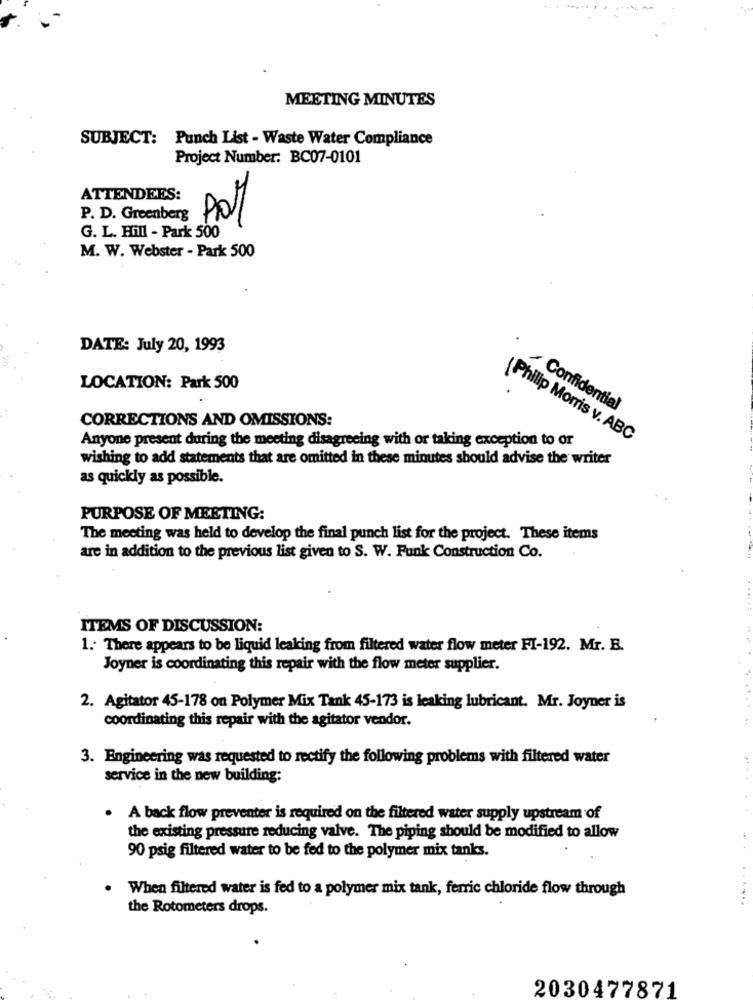
MEETING MINUTES
SUBJECT: Punch List - Waste Water Compliance
Project Number: BC07-0101
ATTENDEES:
P. D. Greenberg
G. L. Hill - Park 500
M. W. Webster - Park 500
DATE: July 20, 1993
LOCATION: Park 500
, Confidential
CORRECTIONS AND OMISSIONS:
Anyone present during the meeting disagreeing with or taking exception to or
Philip Morris v. ABC
wishing to add statements that are omitted in these minutes should advise the writer
as quickly as possible.
PURPOSE OF MEETING:
The meeting was held to develop the final punch list for the project. These items
are in addition to the previous list given to S. W. Funk Construction Co.
ITEMS OF DISCUSSION:
1. There appears to be liquid leaking from filtered water flow meter FI-192. Mr. B.
Joyner is coordinating this repair with the flow meter supplier.
2. Agitator 45-178 on Polymer Mix Tank 45-173 is leaking lubricant. Mr. Joyner is
coordinating this repair with the agitator vendor.
3. Engineering was requested to rectify the following problems with filtered water
service in the new building:
. A back flow preventer is required on the filtered water supply upstream of
the existing pressure reducing valve. The piping should be modified to allow
90 psig filtered water to be fed to the polymer mix tanks.
When filtered water is fed to a polymer mix tank, ferric chloride flow through
.. ...
the Rotometers drops.
2030477871